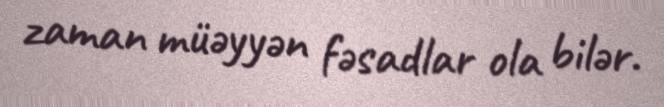
zaman müəyyən fəsadlar ola bilər.